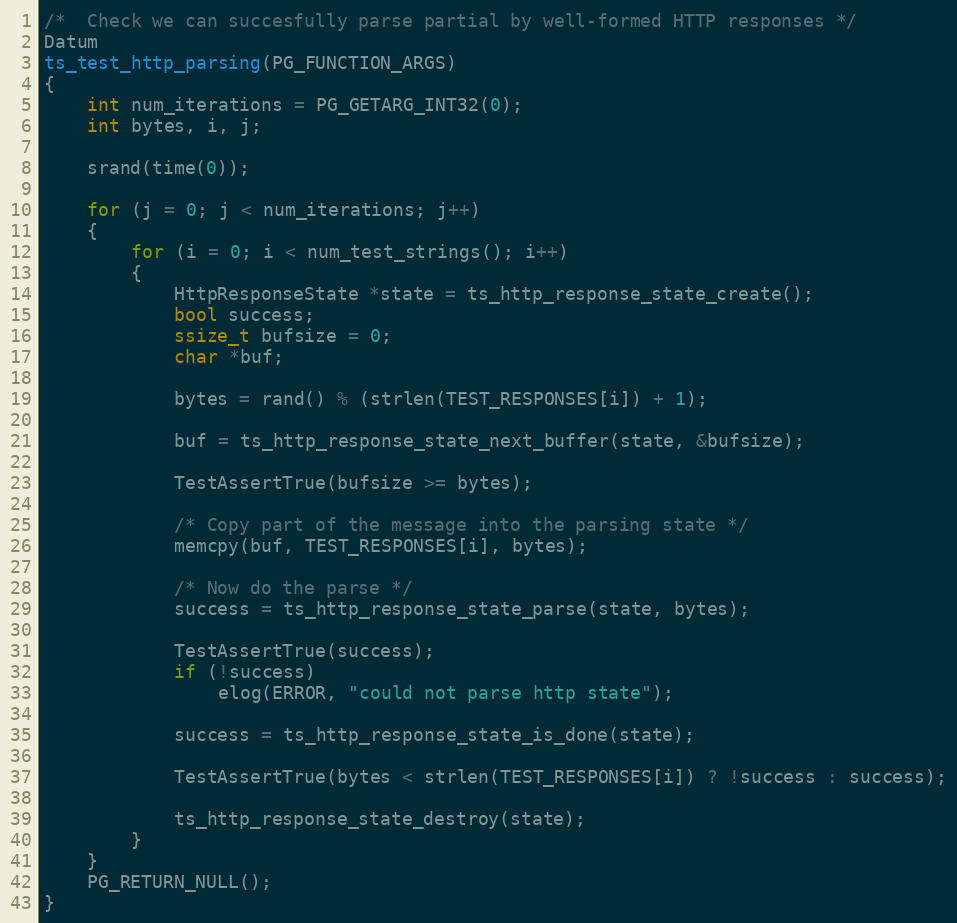
Language: C
/*  Check we can succesfully parse partial by well-formed HTTP responses */
Datum
ts_test_http_parsing(PG_FUNCTION_ARGS)
{
	int num_iterations = PG_GETARG_INT32(0);
	int bytes, i, j;

	srand(time(0));

	for (j = 0; j < num_iterations; j++)
	{
		for (i = 0; i < num_test_strings(); i++)
		{
			HttpResponseState *state = ts_http_response_state_create();
			bool success;
			ssize_t bufsize = 0;
			char *buf;

			bytes = rand() % (strlen(TEST_RESPONSES[i]) + 1);

			buf = ts_http_response_state_next_buffer(state, &bufsize);

			TestAssertTrue(bufsize >= bytes);

			/* Copy part of the message into the parsing state */
			memcpy(buf, TEST_RESPONSES[i], bytes);

			/* Now do the parse */
			success = ts_http_response_state_parse(state, bytes);

			TestAssertTrue(success);
			if (!success)
				elog(ERROR, "could not parse http state");

			success = ts_http_response_state_is_done(state);

			TestAssertTrue(bytes < strlen(TEST_RESPONSES[i]) ? !success : success);

			ts_http_response_state_destroy(state);
		}
	}
	PG_RETURN_NULL();
}